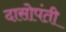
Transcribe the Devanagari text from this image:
दासोपंती